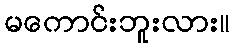
မကောင်းဘူးလား။